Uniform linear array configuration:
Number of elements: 64
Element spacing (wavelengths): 0.75
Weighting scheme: exponential
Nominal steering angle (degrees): -60
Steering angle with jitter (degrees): -59.227
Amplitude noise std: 0.05
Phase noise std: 0.05

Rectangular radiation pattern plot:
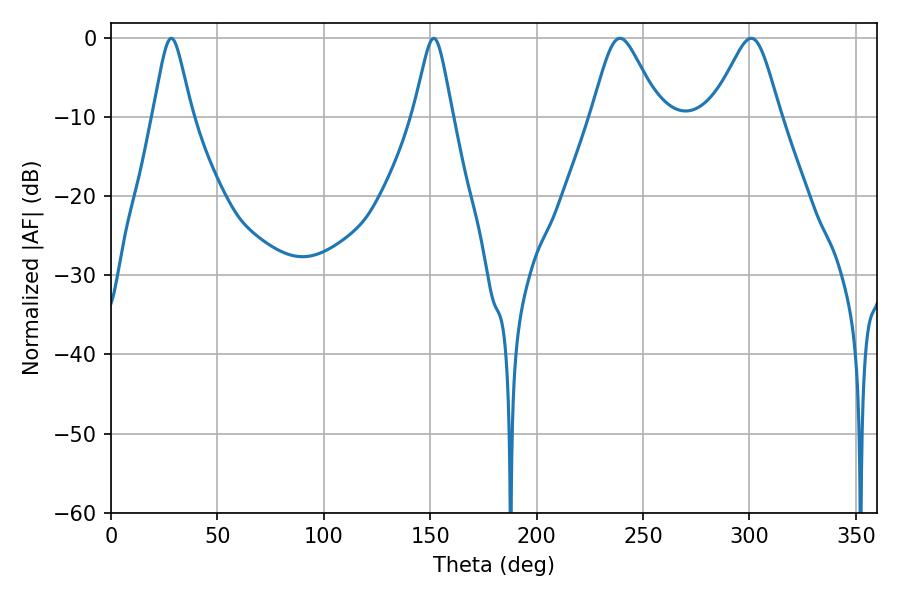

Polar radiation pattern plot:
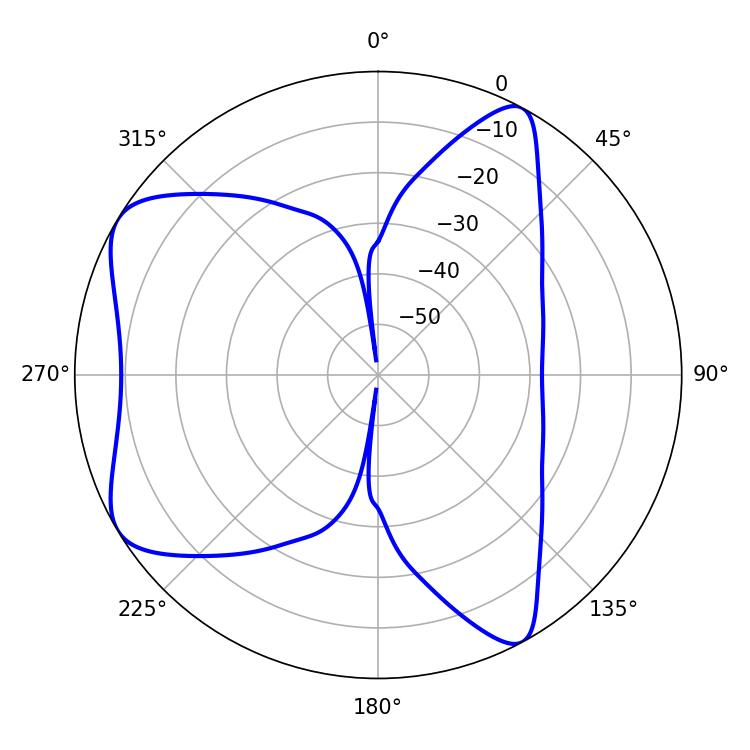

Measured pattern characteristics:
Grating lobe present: TRUE
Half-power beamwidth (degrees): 15.3
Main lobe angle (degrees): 239.22